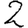
Digit: 2